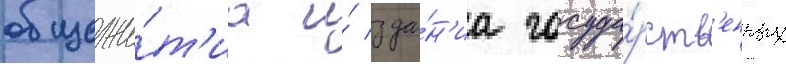
общежи́т'иа и́ зда́н'иа госуда́рств'енных